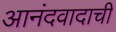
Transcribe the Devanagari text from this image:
आनंदवादाची